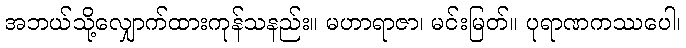
အဘယ်သို့လျှောက်ထားကုန်သနည်း။ မဟာရာဇာ၊ မင်းမြတ်။ ပုရာဏကဿပေါ၊